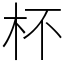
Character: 杯